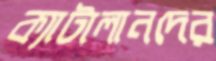
ক্যাটালানদের